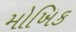
મોખિક